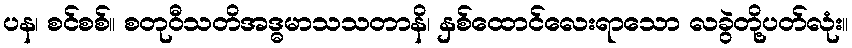
ပန၊ စင်စစ်။ စတုဝီသတိအဒ္ဓမာသသတာနိ၊ နှစ်ထောင်လေးရာသော လခွဲတို့ပတ်လုံး။